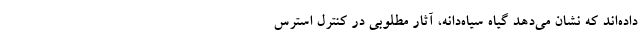
داده‌اند که نشان می‌دهد گیاه سیاه‌دانه، آثار مطلوبی در کنترل استرس